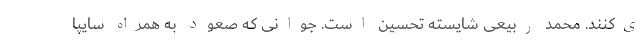
ی‌کنند. محمد ربیعی شایسته تحسین است. جوانی که صعود به ‌همراه سایپا